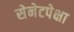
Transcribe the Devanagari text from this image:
सेनेटपेक्षा